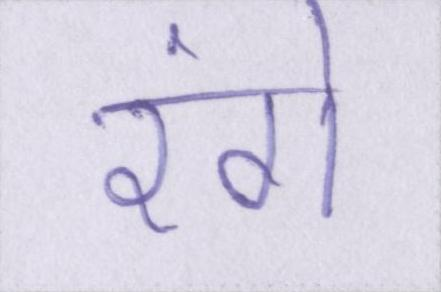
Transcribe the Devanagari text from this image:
रंगे